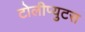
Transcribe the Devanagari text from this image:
टोलीप्युटस